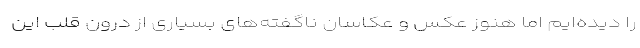
را دیده‌ایم اما هنوز عکس و عکاسان ناگفته‌های بسیاری از درون قلب این